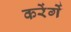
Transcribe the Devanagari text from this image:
करेंगेें